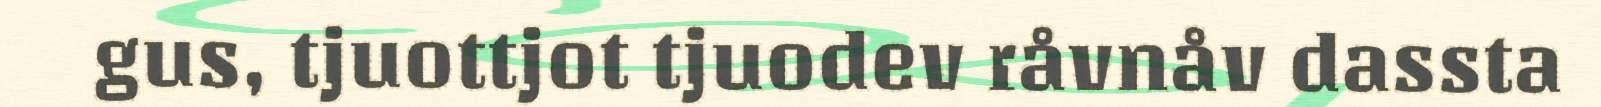
gus, tjuottjot tjuodev råvnåv dassta